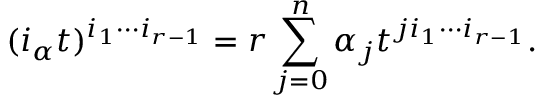
( i _ { \alpha } t ) ^ { i _ { 1 } \cdots i _ { r - 1 } } = r \sum _ { j = 0 } ^ { n } \alpha _ { j } t ^ { j i _ { 1 } \cdots i _ { r - 1 } } .